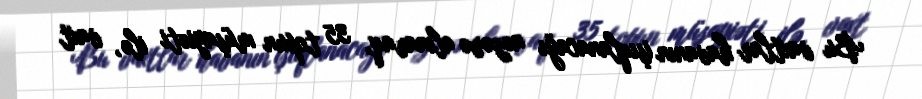
Bu vaxtlar havanın işıqlanacağı nəzərə alınaraq, 35 topun müşayiəti ilə, vaxt